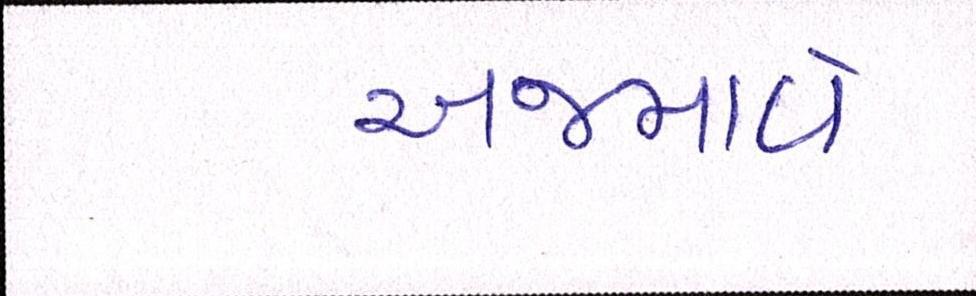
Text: અજમાવે